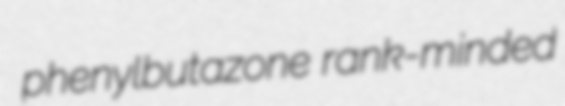
phenylbutazone rank-minded